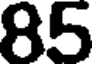
85